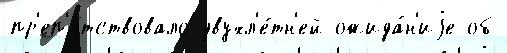
пр'еп'я́тствовало двухл'е́тн'ей ожида́н'иjе об